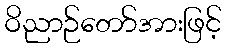
ဝိညာဉ်တော်အားဖြင့်